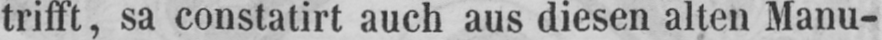
trifft, sa constatirt auch aus diesen alten Manu-